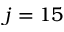
j = 1 5